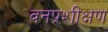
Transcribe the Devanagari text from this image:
वनप्रशीक्षण